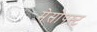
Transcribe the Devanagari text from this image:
मेसोपस्ट